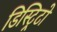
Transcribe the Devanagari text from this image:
डिस्ट्रिटो